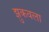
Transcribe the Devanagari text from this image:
झुकवला